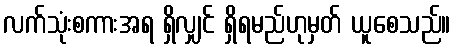
လက်သုံးစကားအရ ရှိလျှင် ရှိရမည်ဟုမှတ် ယူစေသည်။